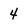
Character: 4